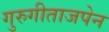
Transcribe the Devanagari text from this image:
गुरुगीताजपेन